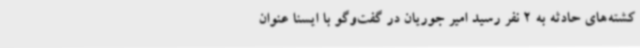
کشته‌های حادثه به 2 نفر رسید امیر جوریان در گفت‌وگو با ایسنا عنوان